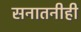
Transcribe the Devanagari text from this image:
सनातनीही